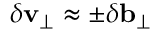
\delta \mathbf { v _ { \perp } } \approx \pm \delta \mathbf { b _ { \perp } }